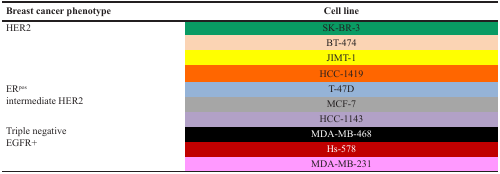
| Breast cancer phenotype | Cell line |
 | --- | --- |
 | <ROWSPAN=4> HER2 | SK-BR-3 |
 | BT-474 |
 | JIMT-1 |
 | HCC-1419 |
 | <ROWSPAN=2> ERposintermediate HER2 | T-47D |
 | MCF-7 |
 | <ROWSPAN=4> Triple negativeEGFR+ | HCC-1143 |
 | MDA-MB-468 |
 | Hs-578 |
 | MDA-MB-231 |